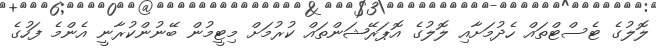
ލޮލުގެ ޓެސްޓްތައް ހެދުމަށާއި ލޮލުގެ އޮޕަރޭޝަންތައް ކުރުމަށް މިޓީމުން ބޭނުންކުރާނީ އެންމެ ފަހުގެ